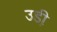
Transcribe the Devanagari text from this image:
उडी़